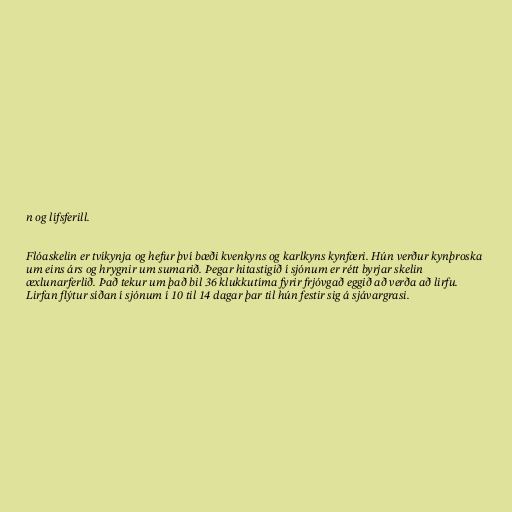
n og lífsferill.

Flóaskelin er tvíkynja og hefur því bæði kvenkyns og karlkyns kynfæri. Hún verður kynþroska
um eins árs og hrygnir um sumarið. Þegar hitastigið í sjónum er rétt byrjar skelin
æxlunarferlið. Það tekur um það bil 36 klukkutíma fyrir frjóvgað eggið að verða að lirfu.
Lirfan flýtur síðan í sjónum í 10 til 14 dagar þar til hún festir sig á sjávargrasi.